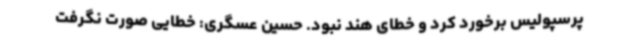
پرسپولیس برخورد کرد و خطای هند نبود. حسین عسگری: خطایی صورت نگرفت